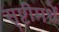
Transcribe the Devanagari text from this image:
सृष्टीमधें